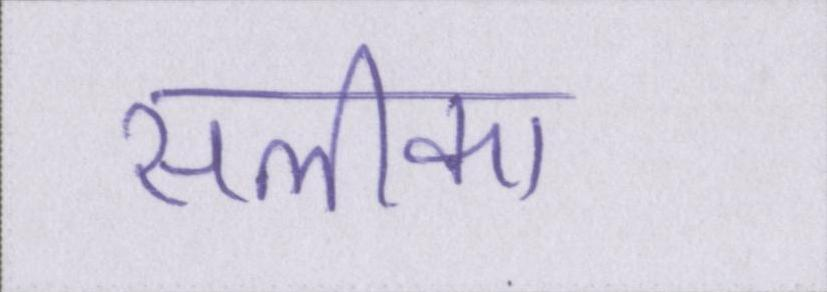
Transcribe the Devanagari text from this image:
सलीका